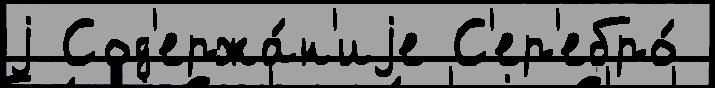
j Сод'ержа́н'иjе С'ер'ебро́